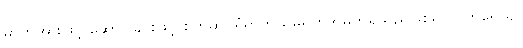
ဓာတ်အားဖြင့် ဆောင်ခြင်းဖြင့် စက်ဆုပ်ရွံရှာဘွယ်မရှိဟုအမှတ်ရှိသည်ဖြစ်၍။ ဝိဟရေယျ၊